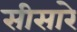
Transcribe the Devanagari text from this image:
सीसारे